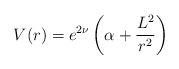
LaTeX: \begin{align*}V(r) = e^{2\nu} \left( \alpha +\frac{L^2}{r^2} \right) \end{align*}